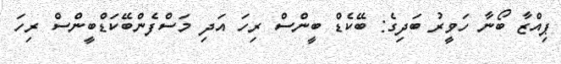
ޕިއްޒާ ބޯނާ ހަވީރު ބަދިގެ: ބޭކެޑް ބީންސް ރިހަ އަދި މަސްފެންބޭކަޑްބީންސް ރިހަ